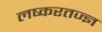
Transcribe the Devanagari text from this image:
लष्करतज्ज्ञ